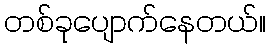
တစ်ခုပျောက်နေတယ်။